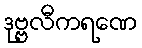
ဒုဗ္ဗလီကရဏေ